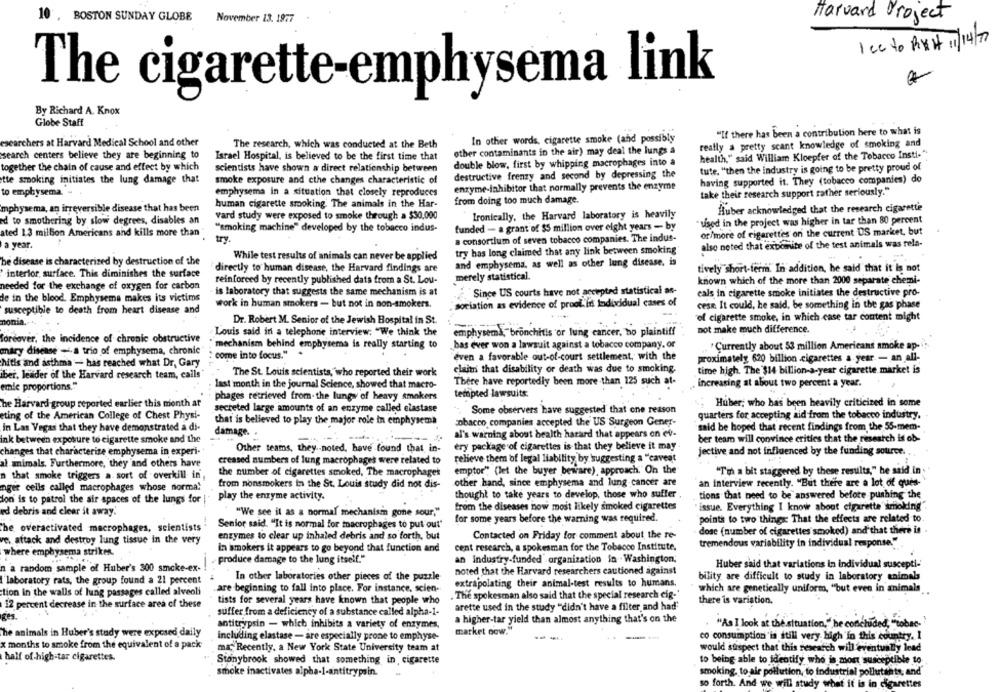
10 , BOSTON SUNDAY GLOBE
November 13. 1977
Harvard Project
Icc to RXH 1/14/7
The cigarette-emphysema link
By Richard A. Knox
Globe Staff
"If there has been a contribution here to what is
In other words, cigarette smoke (and possibly
esearchers at Harvard Medical School and other
The research, which was conducted at the Beth
really a pretty scant knowledge of smoking and
other contaminants in the air) may deal the lungs a
search centers believe they are beginning to
Israel Hospital, is believed to be the first time that
health," said William Kloepfer of the Tobacco Insti-"
double blow, first by whipping macrophages into a
together the chain of cause and effect by which
scientists have shown a direct relationship between
tute. "then the industry is going to be pretty proud of
tte smoking initiates the lung damage that
smoke exposure and cthe changes characteristic of
destructive frenzy and second by depressing the
having supported it. They (tobacco companies) do
enzyme-inhibitor that normally prevents the enzyme
to emphysema.
emphysema in a situation that closely reproduces
take their research support rather seriously."
from doing too much damage.
human cigarette smoking The animals in the Har-
mphysema, an irreversible disease that has been
Ironically, the Harvard laboratory is heavily
Huber acknowledged that the research cigarette
ed to smothering by slow degrees, disables an
vard study were exposed to smoke through a $30,000
"used in the project was higher in tar than 80 percent
""smoking machine" developed by the tobacco indus-
funded - a grant of $5 million over eight years - by
ated 1.3 million Americans and kills more than "
or/more of cigarettes on the current DS market, but
try
a consortium of seven tobacco companies. The indus-
a year.
also noted that exbomnite of the test animals was rela-
While test results of animals can never be applied
try has long claimed that any link between smoking
be disease is characterized by destruction of the
and emphysema, as well as other lung disease. is
directly to human disease, the Harvard findings are
tively short-term. In addition, he said that it is not
interior, surface. This diminishes the surface
merely statistical.
reinforced by recently published dats from a St. Lou-
known which of the more than 2000 separate chemi-
needed for the exchange of oxygen for carbon
Since US courts have not accepted statistical an-
de in the blood. Emphysema makes its victims
is laboratory that suggests the same mechanism is at
eals in cigarette smoke initiates the destructive pro-
work in human smokers - but not in non-smokers.
sociation as evidence of prool. it Individual cases of
cesa. It could, he said, be something in the gas phase
susceptible to death from heart disease and
of cigarette smoke, in which case tar content might
nonia.
Dr. Robert M. Senior of the Jewish Hospital in St.
Louis said in a telephone interview: "We think the
emphysema,"bronchitis or lung cancer, bo plaintiff
not make much difference.
forcover, the incidence of chronic obstructive
mechanism behind emphysema is really starting to
bas ever won a lawsuit against a tobacco company, or
"Currently about 53 million Americans smoke ap-
mary disease - a trio of emphysema, chronic"
: come into focus."
even a favorable out-of-court settlement, with the
proximately 620 billion cigarettes a year - an all-
Mitis and asthma - has reached what Dr, Gary
The St. Louis scientists,"who reported their work
claitn that disability or death was due to smoking.
time high. The $14 billion-a-year cigarette market is
iber, leader of the Harvard research team, calls
emle proportions."
last month in the journal Science, showed that macro-
There have reportedly been more than 125 such at-
increasing at about two percent a year.
tempted lawsuits.
phages retrieved from-the lungs of heavy smokers
he Harvard group reported earlier this month at
secreted large amounts of an enzyme called elastase
Huber, who has been heavily criticized in some
Some observers have suggested that one reason
quarters for accepting aid from the tobacco industry.
eting of the American College of Chest Physi-
that is believed to play the major role in emphysema
tobacco companies accepted the US Surgeon Gener-
In Las Vegas that they have demonstrated a di-
said be hoped that recent findings from the 55-mem-
damage. .
al's warning about health harard that appears on ev-
ink between exposure to cigarette smoke and the
ber team will convince critics that the research is ob-
Other teams, they .- noted, have found that in-
ery package of cigarettes is that they believe it may
changes that characterize emphysema in experi-
jective and not influenced by the funding source. .
al animals. Furthermore, they and others have
creased numbers of lung macrophages were related to
relieve them of legal liability by 'suggesting a "caveat
emptor" (let the buyer beware), approach." On the
"Tin a bit staggered by these results," he said in
n that smoke triggers a sort of overkill in,
the number of cigarettes smoked, The macrophages
from nonsmokers in the St. Louis study did not dis-
other hand, since emphysema and lung cancer are
an interview recently. "But there are a lot of ques-
nger cells called macrophages whose normal
play the enzyme activity.
thought to take years to develop, those who suffer
tions that need to be answered before pushing the
don' is to patrol the air spaces of the lungs for |
ed debris and clear it away.
"We see it as a normal mechanism gone sour,"
from the diseases now most likely smoked cigarettes
issue. Everything I know about cigarette smoking'
for some years before the warning was required.
points to two things That the effects are related to.
Senior said. "It is normal for macrophages to put out"
The overactivated macrophages, scientists
dose (number of cigarettes smoked) and that there is
ves attack and destroy lung tissue in the very
enzymes to clear up inhaled debris and so forth, but
Contacted on Friday for comment about the re-
cent research, a spokesman for the Tobacco Institute,
tremendous variability in individual response."
where emphysema striken.
in smokers it appears to go beyond that function and
produce damage to the lung itself."
an industry-funded organization in Washington;
n a random sample of Huber's 300 smoke-ex-
-
Huber said that variations in individual suscepti-
noted that the Harvard researchers cautioned against
laboratory rats, the group found a 21 percent
In other laboratories other pieces of the puzzle
bility are difficult to study in laboratory animals
are beginning to fall into place. For instance, scien-
extrapolating their animal-test results to humans.
which are genetically uniform, "but even in animals
tion in the walls of lung passages called alveoli
. The spokesman also said that the special research cig-'
tists for several years have known that people who
there is variation.
12 percent decrease in the surface area of these
arette used in the study "didn't have a filter, and had"
Kes.
suffer from a deficiency of a substance called alpha-1-
a higher-tar yield than almost anything that's on the
antitrypsin - which inhibits a variety of enzymes,
"As I look at the situation," be concluded, "tobac-
The animals in Huber's study were exposed daily
including elastase - are especially prone to emphyse-
market now."
co consumption'is still very high'in this country. I
x months to smoke from the equivalent of a pack
ma, Recently, a New York State University team at
would suspect that this research will eventually lead
half of high-tar cigarettes.
Stonybrook showed that something in, cigarette
to being able to identify who is mont susceptible to
smoking, to air pollution, to industrial pollutants, and
smoke inactivates alpha-1-antitrypsin.
so forth. And we will study what it is in cigarettes